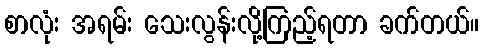
စာလုံး အရမ်း သေးလွန်းလို့ကြည့်ရတာ ခက်တယ်။